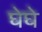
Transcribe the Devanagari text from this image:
घेघे